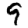
Digit: 9